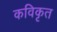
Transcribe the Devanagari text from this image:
कविकृत